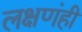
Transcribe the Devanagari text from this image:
लक्षणंही